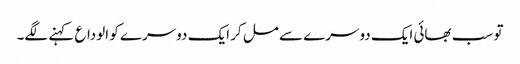
تو سب بھائی ایک دوسرے سے مل کر ایک دوسرے کو الوداع کہنے لگے۔